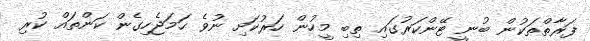
ފަރާތްތަކުން ބުނީ ޓޭންކަރުގައި ތިބި މީހުން ހަރުކަށި ނުވެ ހަމަޖެހިގެން ކަންތައް ކުރި